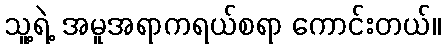
သူ့ရဲ့ အမူအရာကရယ်စရာ ကောင်းတယ်။